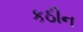
કઠીન